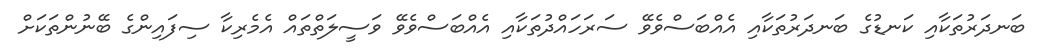
ބަނދަރުތަކާއި ކަނޑުގެ ބަނދަރުތަކާއި އެއްބަސްވެވޭ ސަރަހައްދުތަކާއި އެއްބަސްވެވޭ ވަސީލަތްތައް އެމެރިކާ ސިފައިންގެ ބޭނުންތަކަށް